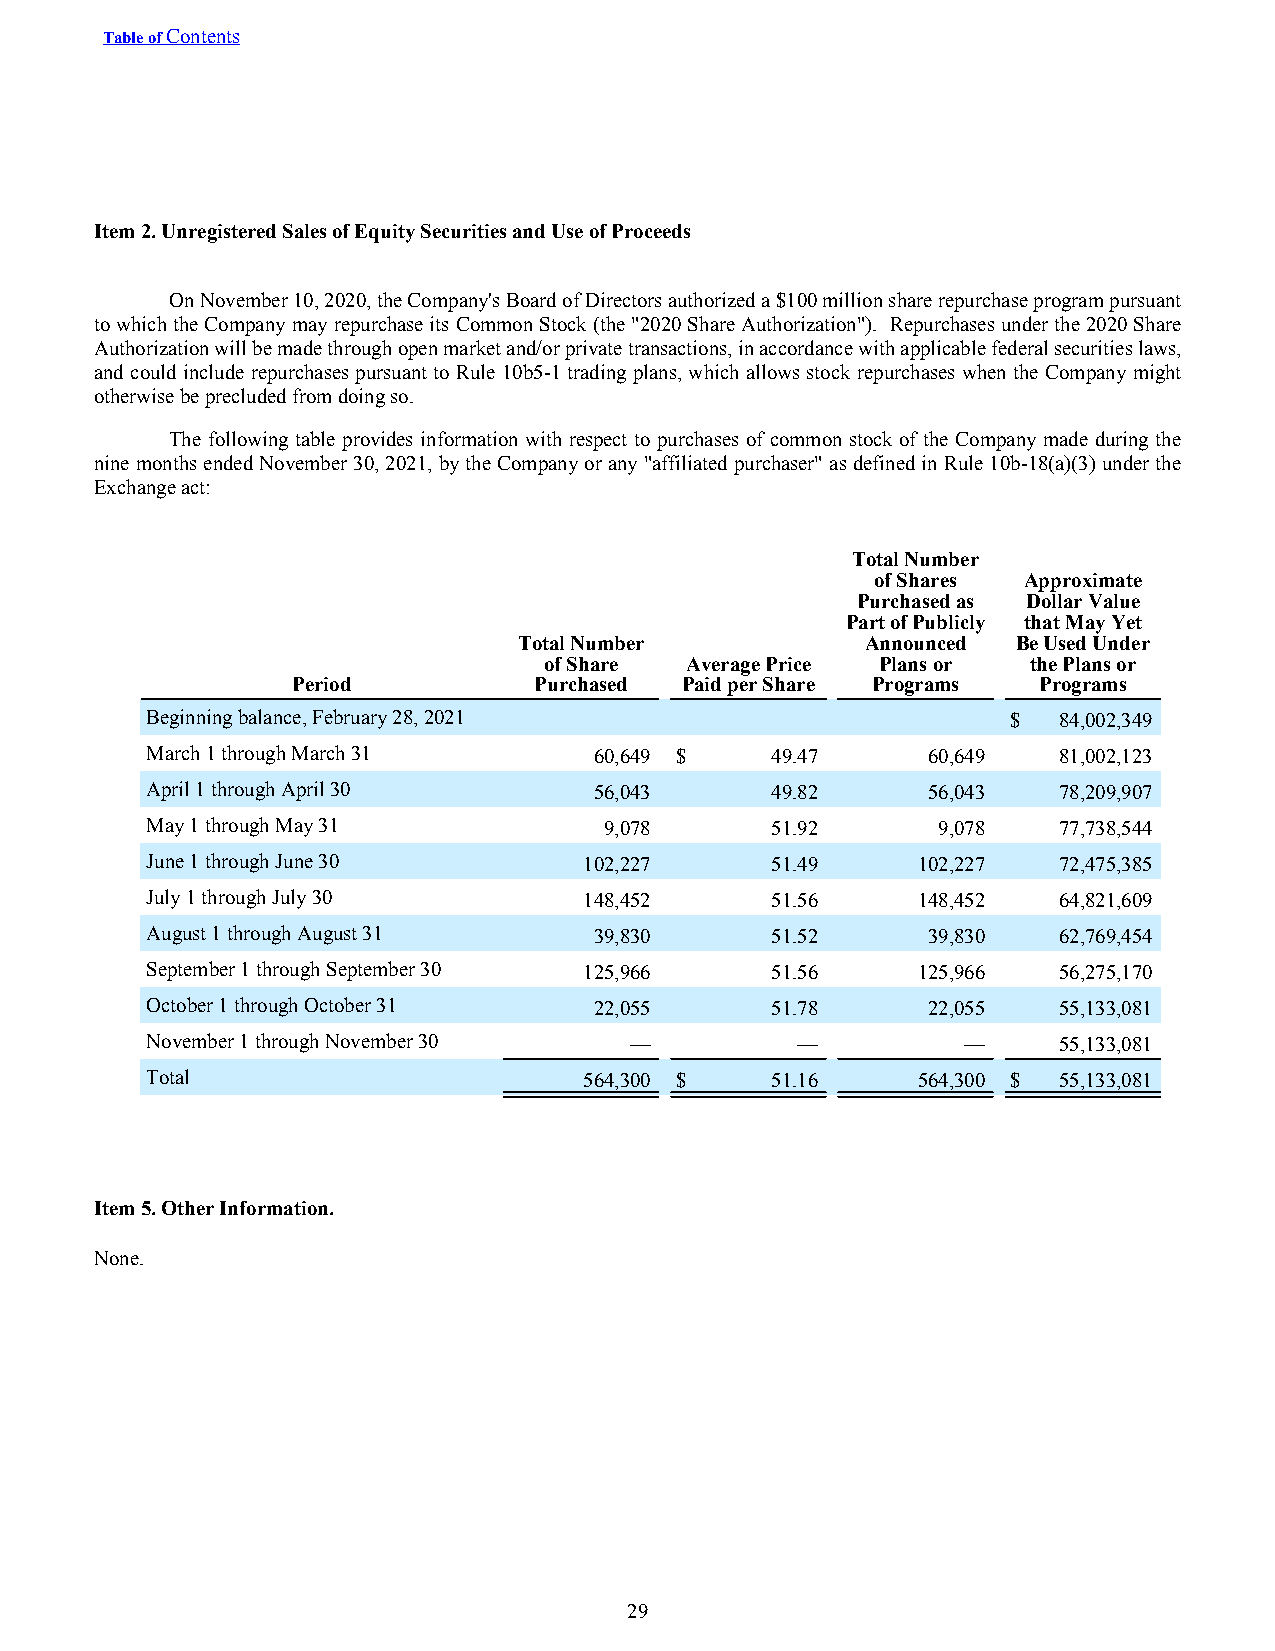
Table of Contents
 Item 2. Unregistered Sales of Equity Securities and Use of Proceeds
 On November 10, 2020, the Company's Board of Directors authorized a $100 million share repurchase program pursuant
 to which the Company may repurchase its Common Stock (the "2020 Share Authorization"). Repurchases under the 2020 Share
 Authorization will be made through open market and/or private transactions, in accordance with applicable federal securities laws,
 and could include repurchases pursuant to Rule 10b5-1 trading plans, which allows stock repurchases when the Company might
 otherwise be precluded from doing so.
 The following table provides information with respect to purchases of common stock of the Company made during the
 nine months ended November 30, 2021, by the Company or any "affiliated purchaser" as defined in Rule 10b-18(a)(3) under the
 Exchange act:
 Total Number
 of Shares Approximate
 Purchased as Dollar Value
 Part of Publicly that May Yet
 Total Number           Announced Be Used Under
 of Share Average Price Plans or the Plans or
 Period          Purchased Paid per Share Programs Programs
 Beginning balance, February 28, 2021                     $  84,002,349
 March 1 through March 31     60,649 $    49.47     60,649   81,002,123
 April 1 through April 30     56,043      49.82     56,043   78,209,907
 May 1 through May 31          9,078      51.92      9,078   77,738,544
 June 1 through June 30       102,227     51.49     102,227  72,475,385
 July 1 through July 30       148,452     51.56     148,452  64,821,609
 August 1 through August 31   39,830      51.52     39,830   62,769,454
 September 1 through September 30 125,966 51.56     125,966  56,275,170
 October 1 through October 31 22,055      51.78     22,055   55,133,081
 November 1 through November 30  —          —          —     55,133,081
 Total                        564,300 $   51.16     564,300 $ 55,133,081
 Item 5. Other Information.
 None.
 29